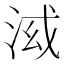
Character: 𣴤